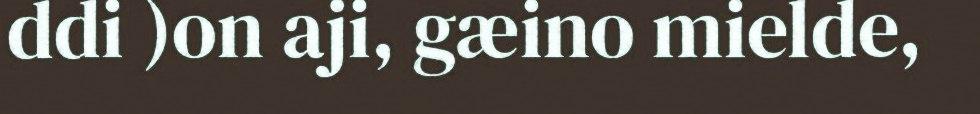
ddi )on aji, gæino mielde,